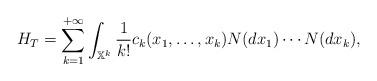
LaTeX: \begin{align*}H_T = \sum_{k=1}^{+\infty} \int_{\mathbb X^k} \frac{1}{k!} c_k(x_1,\ldots,x_k) N(dx_1) \cdots N(dx_k),\end{align*}